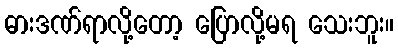
ဓားဒဏ်ရာလို့တော့ ပြောလို့မရ သေးဘူး။